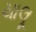
ચાલૂ